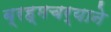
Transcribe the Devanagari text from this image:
ब्रह्मचर्याने